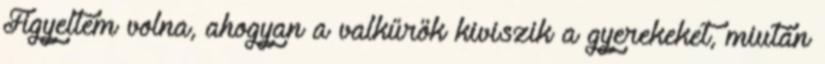
Figyeltem volna, ahogyan a valkűrök kiviszik a gyerekeket, miután